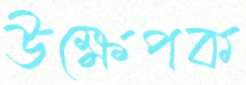
উক্ষেপক